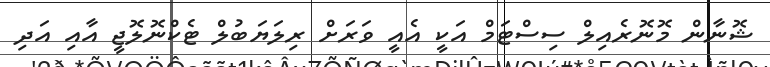
ޝޮނާން މޮނޮރެއިލް ސިސްޓަމް އަކީ އެއީ ވަރަށް ރިލަޔަބުލް ޓެކްނޮލޮޖީ އާއި އަދި